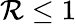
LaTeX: \mathcal{R}\le1